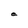
Character: e